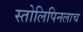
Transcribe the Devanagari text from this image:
स्तोलिपिनलाच